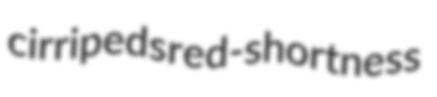
cirripeds red-shortness